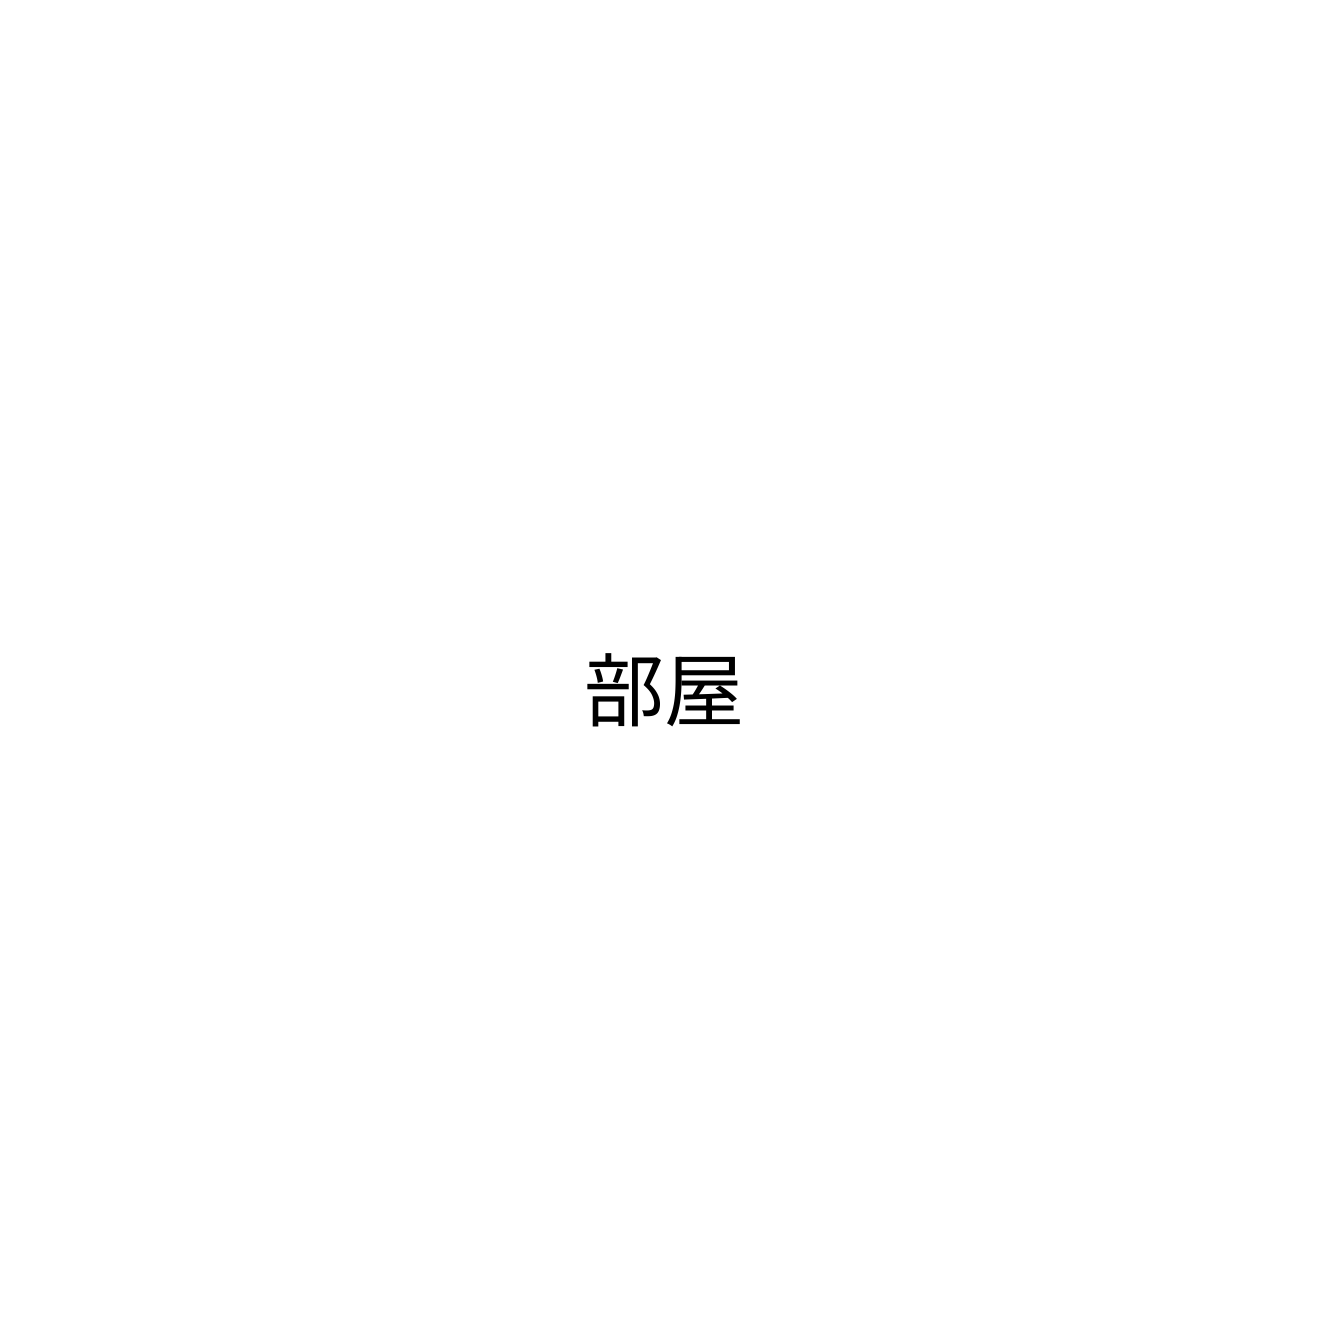
部屋